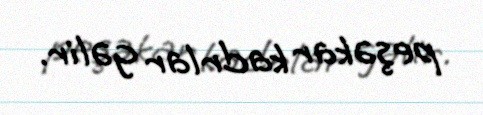
peşəkar kadrlar gəlir.